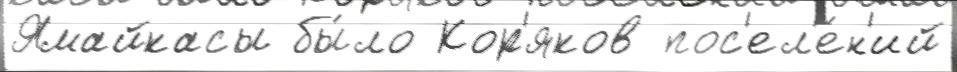
Ямайкасы бы́ло Кор'яков пос'ел'е́н'ий